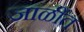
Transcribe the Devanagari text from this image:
जाळींत